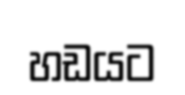
හඩයට